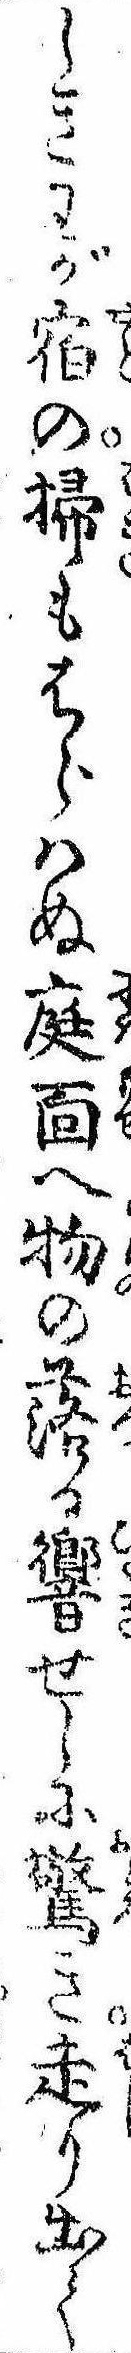
しきわが宿の掃もはらはぬ庭面へ物の落る響せしに驚き走り出て